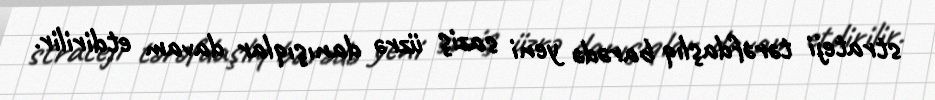
strateji tərəfdaşlıq barədə yeni saziş üzrə danışıqlar davam etdirilir.